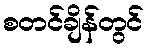
စတင်ချိန်တွင်